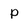
Character: p